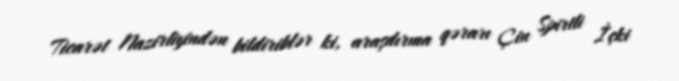
Ticarət Nazirliyindən bildiriblər ki, araşdırma qərarı Çin Spirtli İçki